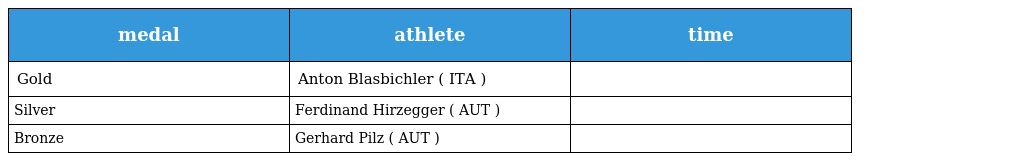
| medal | athlete | time |
 | --- | --- | --- |
 | Gold | Anton Blasbichler ( ITA ) |  |
 | Silver | Ferdinand Hirzegger ( AUT ) |  |
 | Bronze | Gerhard Pilz ( AUT ) |  |